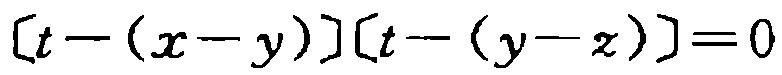
\[ [t - (x - y)][t - (y - z)] = 0 \]